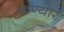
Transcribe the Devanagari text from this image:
कण्यार